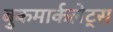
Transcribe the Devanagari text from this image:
बुकमार्कलेट्स